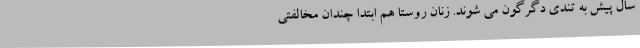
سال پیش به تندی دگرگون می شوند. زنان روستا هم ابتدا چندان مخالفتی